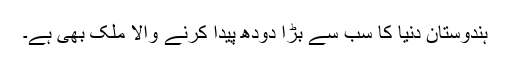
ہندوستان دنیا کا سب سے بڑا دودھ پیدا کرنے والا ملک بھی ہے۔